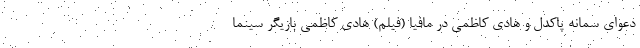
دعوای سمانه پاکدل و هادی کاظمی در مافیا (فیلم) هادی کاظمی بازیگر سینما